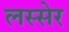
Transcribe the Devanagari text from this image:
लस्सेर